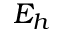
E _ { h }